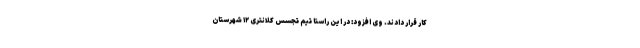
کار قرار دادند. وی افزود: در این راستا تیم تجسس کلانتری ۱۲ شهرستان